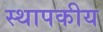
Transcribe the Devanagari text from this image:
स्थापकीय